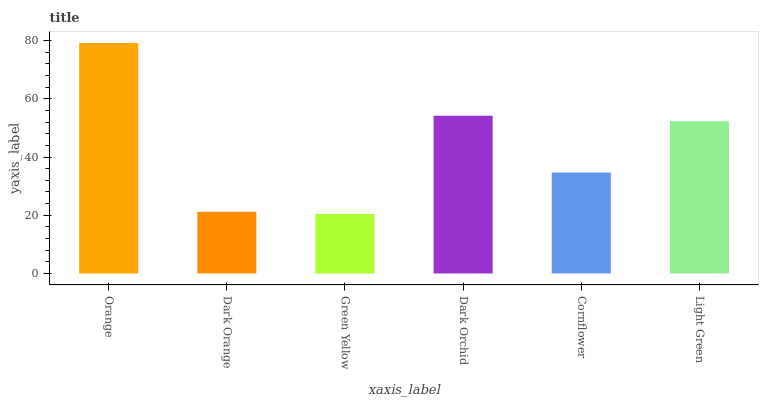
| xaxis_label | bars |
 | --- | --- |
 | Orange | 79.2 |
 | Dark Orange | 21.2 |
 | Green Yellow | 20.5 |
 | Dark Orchid | 54.2 |
 | Cornflower | 34.7 |
 | Light Green | 52.3 |